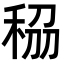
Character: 𥞮